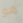
هو